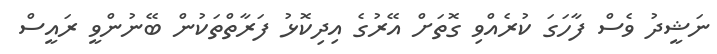
ނަޝީދު ވެސް ފާހަގަ ކުރެއްވި ގޮތަށް އޭރުގެ އިދިކޮޅު ފަރާތްތަކުން ބޭނުންވީ ރައީސް